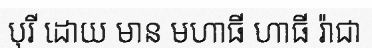
បុរី ដោយ មាន មហាធី ហាធី រ៉ាជា